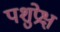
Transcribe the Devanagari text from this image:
पशुप्रेक्ष